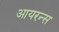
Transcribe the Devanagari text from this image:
आयरन्‍स